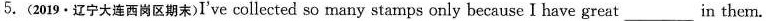
5.（2019\cdot辽宁大连西岗区期末）I've collected so many stamps only because I have great ___in them.